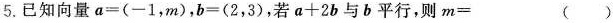
5.已知向量$$a = ( - 1，m )$$，$$b = ( 2 ，3$$，若$$a + 2 b$$与b平行，则$$m =$$ ()